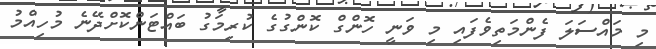
މި މައްސަލަ ފެންމަތިވެފައި މި ވަނީ ހޮންގް ކޮންގުގެ ކުރިމަގު ބައްޓަންކޮށްދޭނެ މުހިއްމު